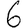
Digit: 6